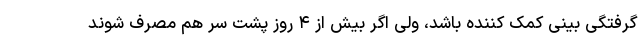
گرفتگی بینی کمک کننده باشد، ولی اگر بیش از ۴ روز پشت سر هم مصرف شوند